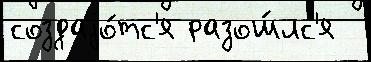
создаjо́тс'я разош́лс'я